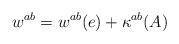
LaTeX: \begin{align*}w^{ab} = w^{ab}(e) + \kappa^{ab}(A)\end{align*}